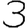
Digit: 3